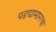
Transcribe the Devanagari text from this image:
पडद्यामागचा